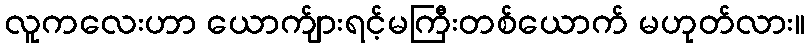
လူကလေးဟာ ယောက်ျားရင့်မကြီးတစ်ယောက် မဟုတ်လား။